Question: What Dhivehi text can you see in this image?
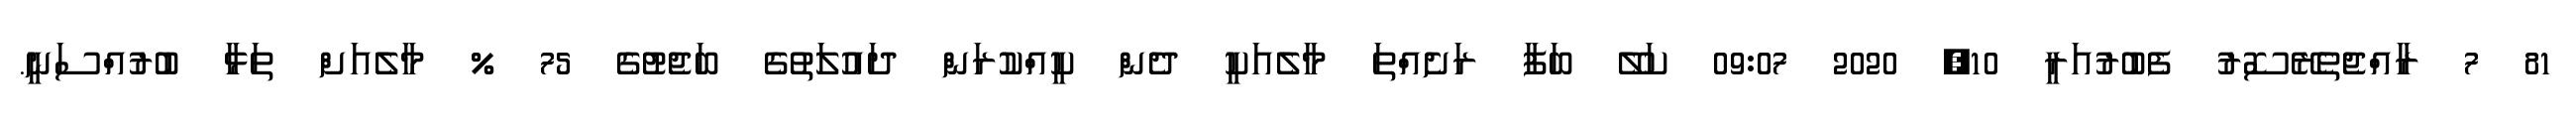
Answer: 81 7 ރާއްޖެތެރޭސޮރު ފެބުރުއަރީ 10, 2020 09:07 ކަލޭ ބަފާ ރަށެއްތަ މާލެއަކީ ދެން ކީއްކުރަން ދައުލަތުގެ ބަޖެޓުގެ 75 % މާލެއަށް ތަޅާ ބުރުއްސަނީ.